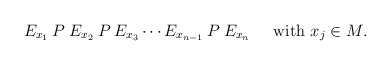
\begin{align*}E_{x_1} \:P\: E_{x_2} \:P\: E_{x_3} \cdots E_{x_{n-1}} \:P\: E_{x_n} \;\;\;\;\;{\mbox{with $x_j \in M$.}} \end{align*}